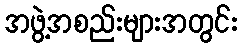
အဖွဲ့အစည်းများအတွင်း